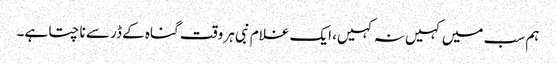
ہم سب میں کہیں نہ کہیں، ایک غلام نبی ہر وقت گناہ کے ڈر سے ناچتا ہے۔